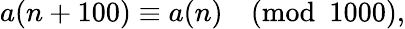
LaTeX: a(n+100)\equiv a(n){\pmod{1000}},